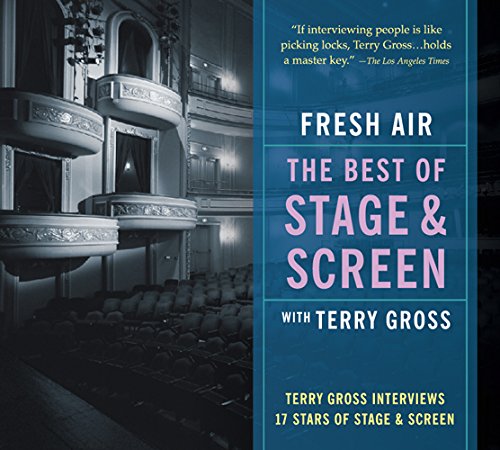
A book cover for Fresh Air: Best of Stage and Screen - 3 CDs; Terry Gross; Humor & Entertainment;